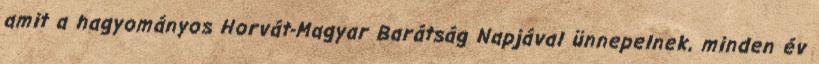
amit a hagyományos Horvát-Magyar Barátság Napjával ünnepelnek, minden év